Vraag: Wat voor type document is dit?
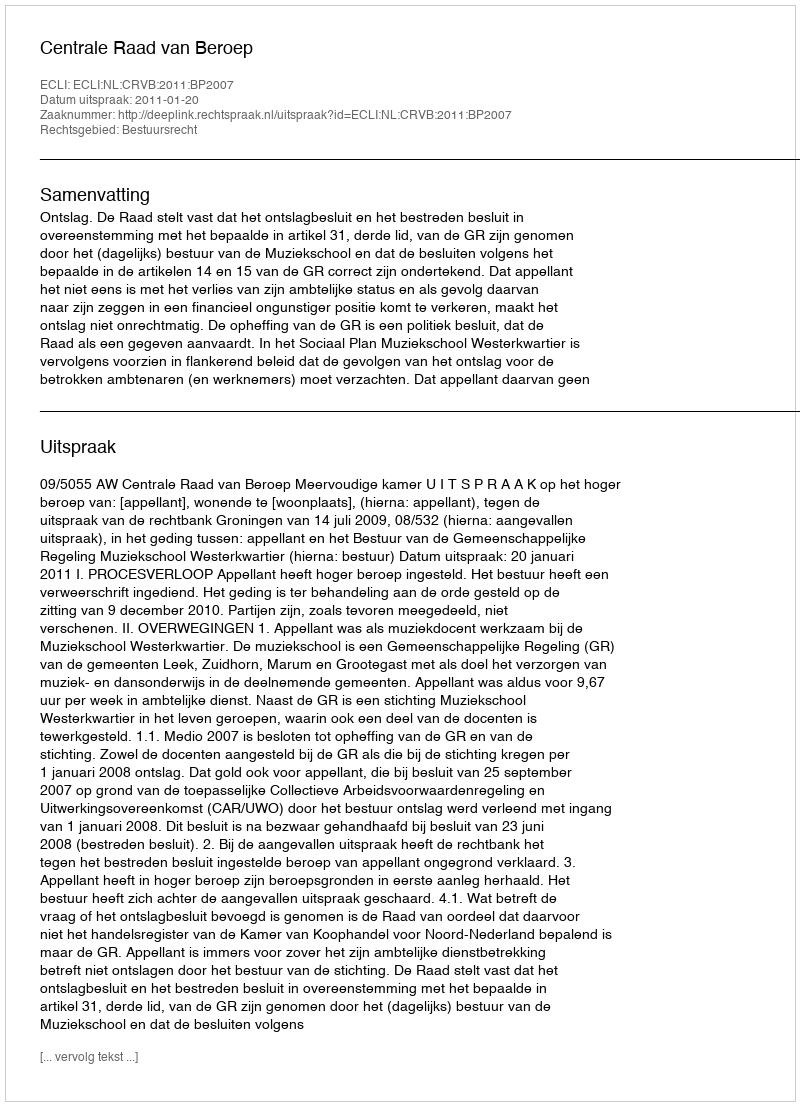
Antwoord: Uitspraak